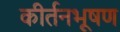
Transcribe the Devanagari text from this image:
कीर्तनभूषण